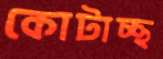
কোটাচ্ছ